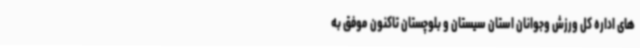
های اداره کل ورزش وجوانان استان سیستان و بلوچستان تاکنون موفق به